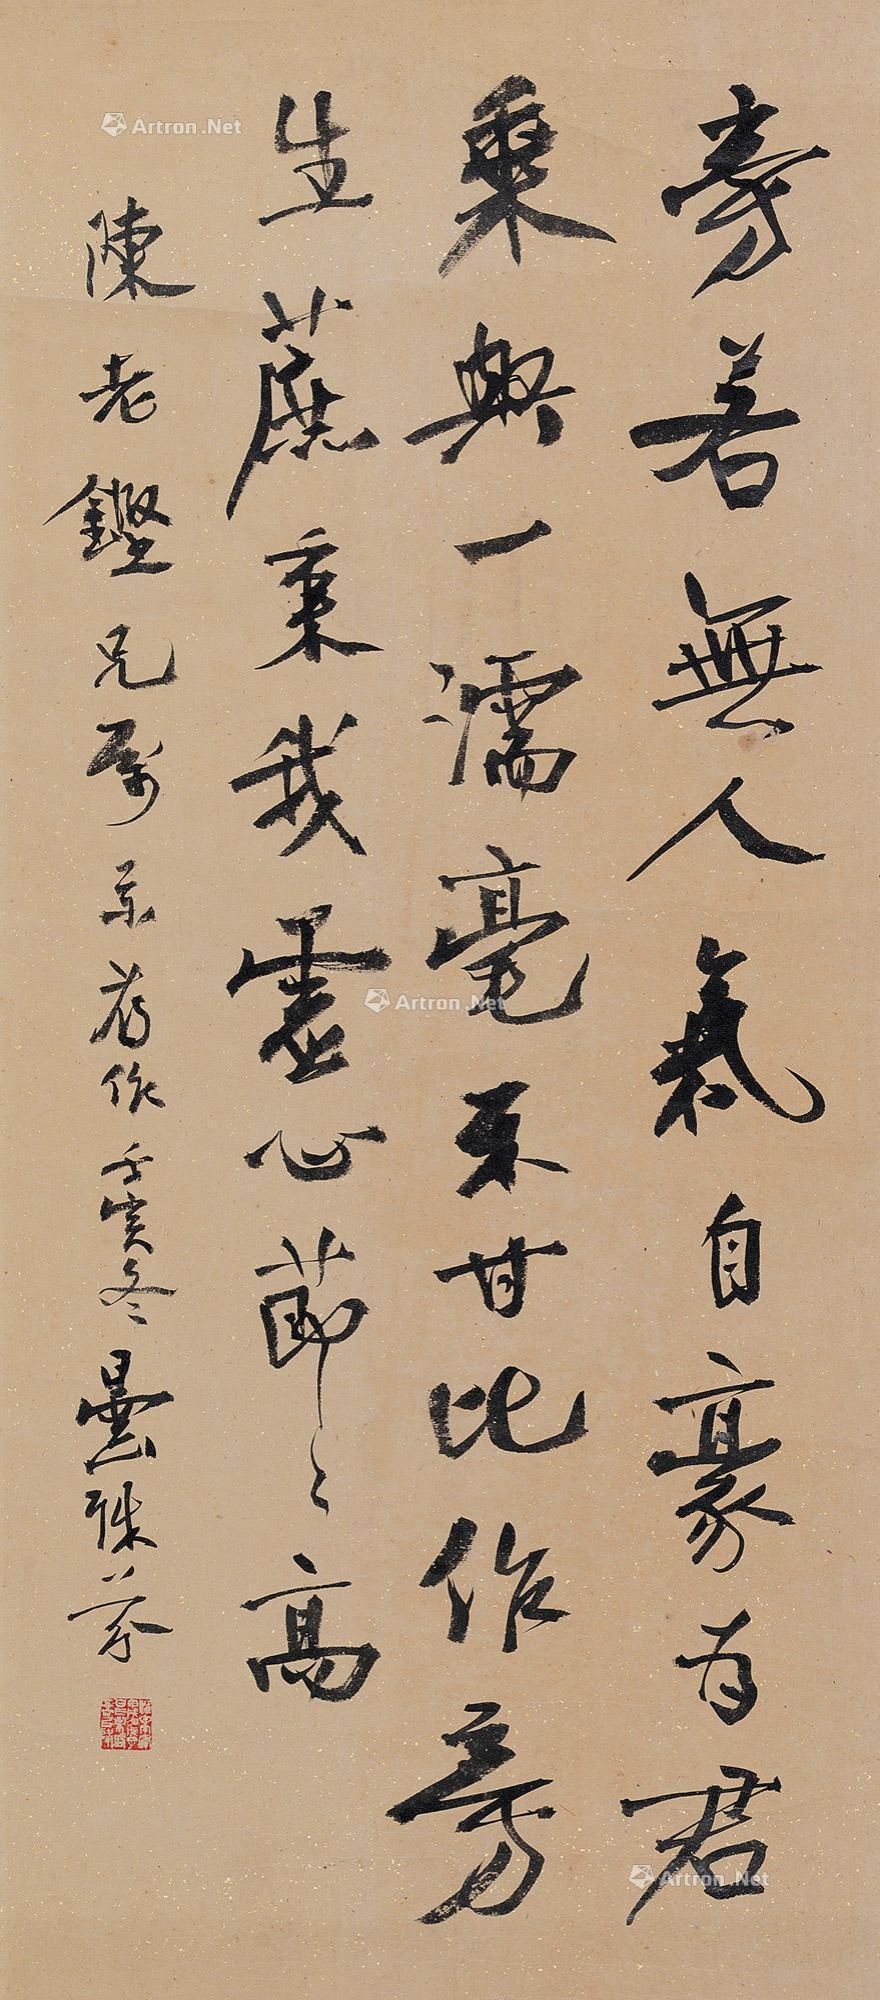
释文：旁若无人气自豪，为君乘兴一濡毫。不甘比作旁生蔗，秉我虚心节节高。陈老铿兄属录旧作，壬寅冬，昙殊芬。